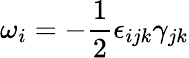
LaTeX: \omega_{i}=-\frac{1}{2}\epsilon_{ijk}\gamma_{jk}